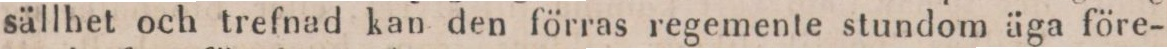
sällhet och trefnad kan den förras regemente stundom äga före-